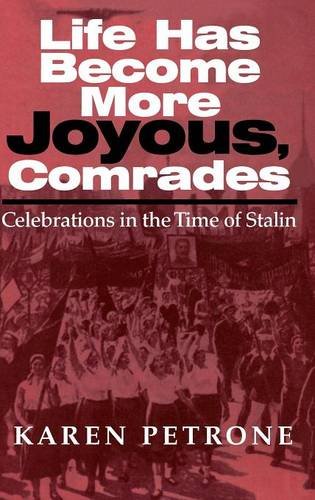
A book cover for Life Has Become More Joyous, Comrades: Celebrations in the Time of Stalin (Indiana-Michigan Series in Russian and East European Studies); Karen Petrone; Politics & Social Sciences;